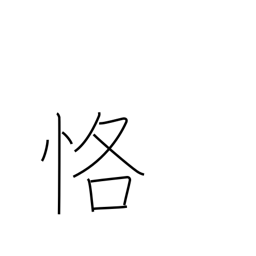
Meaning: carefulness